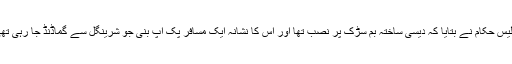
پولیس حکام نے بتایا کہ دیسی ساختہ بم سڑک پر نصب تھا اور اس کا نشانہ ایک مسافر پک اپ بنی جو شرینگل سے گماڈنڈ جا رہی تھی۔